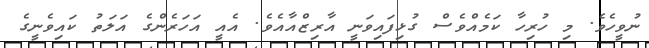
ނުވީހެވެ. މި ހުރިހާ ކަމެއްވެސް ގުޅިފައިވަނީ އާރިޒްއާއެވެ. އެއީ އަހަރެންގެ އަލަތު ކައިވެނީގެ